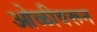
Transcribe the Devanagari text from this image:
ओळीवरून